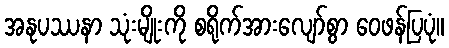
အနုပဿနာ သုံးမျိုးကို စရိုက်အားလျော်စွာ ဝေဖန်ပြပုံ။